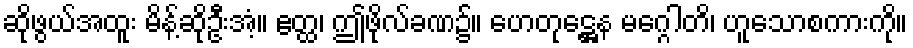
ဆိုဖွယ်အထူး မိန့်ဆိုဦးအံ့။ ဧတ္ထ၊ ဤဖိုလ်ခဏ၌။ ဟေတုဋ္ဌေန မဂ္ဂေါတိ၊ ဟူသောစကားကို။